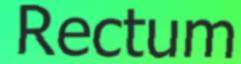
Rectum